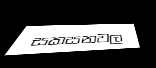
සකසනවල